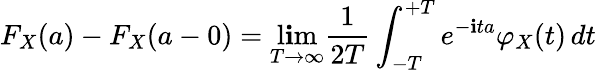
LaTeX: F_{X}(a)-F_{X}(a-0)=\operatorname*{l\mathbf{i}m}_{T\to\infty}{\frac{{1}}{{2T}}}\int_{-T}^{+T}e^{-\mathbf{i}ta}\varphi_{X}(t)\, dt